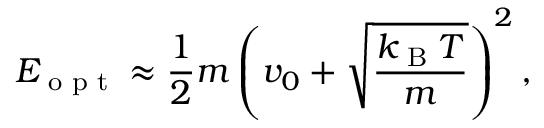
E _ { \textrm { o p t } } \approx \frac { 1 } { 2 } m \left( v _ { 0 } + \sqrt { \frac { k _ { \textrm { B } } T } { m } } \right) ^ { 2 } ,